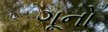
ગૂનો